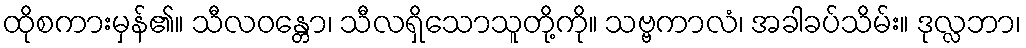
ထိုစကားမှန်၏။ သီလဝန္တော၊ သီလရှိသောသူတို့ကို။ သဗ္ဗကာလံ၊ အခါခပ်သိမ်း။ ဒုလ္လဘာ၊